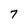
Character: 7